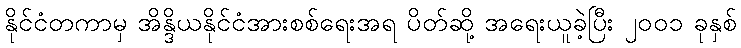
နိုင်ငံတကာမှ အိန္ဒိယနိုင်ငံအားစစ်ရေးအရ ပိတ်ဆို့ အရေးယူခဲ့ပြီး ၂၀၀၁ ခုနှစ်